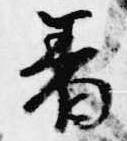
着